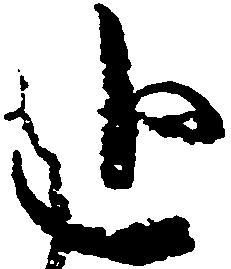
追